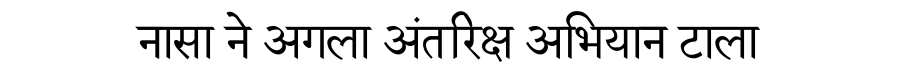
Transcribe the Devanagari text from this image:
नासा ने अगला अंतरिक्ष अभियान टाला